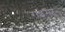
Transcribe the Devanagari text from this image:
राइमर